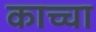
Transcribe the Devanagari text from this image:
काच्चा